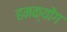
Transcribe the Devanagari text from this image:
हमक्योंग